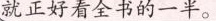
就正好看全书的一半。